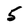
Character: 5